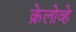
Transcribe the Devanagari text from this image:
क्रेलोव्हे